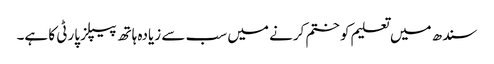
سندھ میں تعلیم کو ختم کرنے میں سب سے زیادہ ہاتھ پیپلز پارٹی کا ہے۔